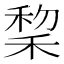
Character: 𫀺